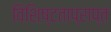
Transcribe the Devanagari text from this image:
विशिष्टताप्राप्त